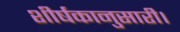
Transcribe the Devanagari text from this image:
शीर्षकानुसारी।